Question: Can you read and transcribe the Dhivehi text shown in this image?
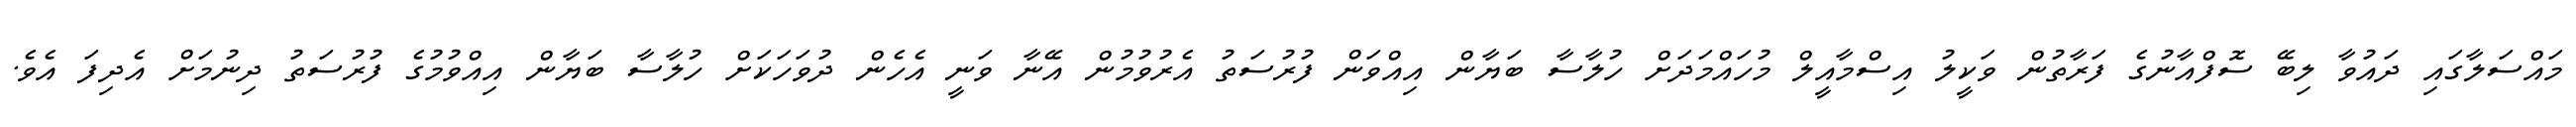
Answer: މައްސަލާގައި ދައުވާ ލިބޭ ސޮފްއާނުގެ ފަރާތުން ވަކީލު އިސްމާއީލް މުހައްމަދަށް ހުލާސާ ބަޔާން އިއްވަން ފުރުސަތު އެރުވުމުން އޭނާ ވަނީ އެހެން ދުވަހަކަށް ހުލާސާ ބަޔާން އިއްވުމުގެ ފުރުސަތު ދިނުމަށް އެދިފަ އެވެ.